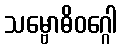
သမ္ဗောဓိဝဂ္ဂေါ